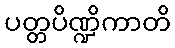
ပတ္တပိဏ္ဍိကာတိ